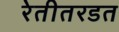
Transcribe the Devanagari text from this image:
रेतीतरडत